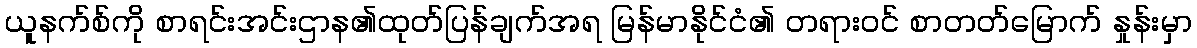
ယူနက်စ်ကို စာရင်းအင်းဌာန၏ထုတ်ပြန်ချက်အရ မြန်မာနိုင်ငံ၏ တရားဝင် စာတတ်မြောက် နှုန်းမှာ